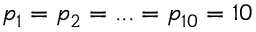
p _ { 1 } = p _ { 2 } = . . . = p _ { 1 0 } = 1 0